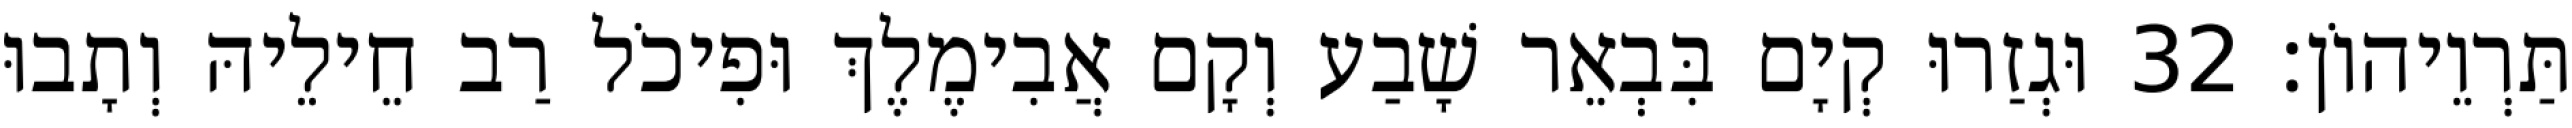
תַּרְוֵיהוֹן׃ 32 וּגְזַרוּ קְיָם בִּבְאֵר שָׁבַע וְקָם אֲבִימֶלֶךְ וּפִיכֹל רַב חֵילֵיהּ וְתָבוּ